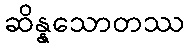
ဆိန္နသောတဿ